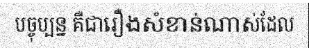
បច្ចុប្បន្ន គឺជារឿងសំខាន់ណាស់ដែល